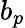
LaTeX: b_{p}